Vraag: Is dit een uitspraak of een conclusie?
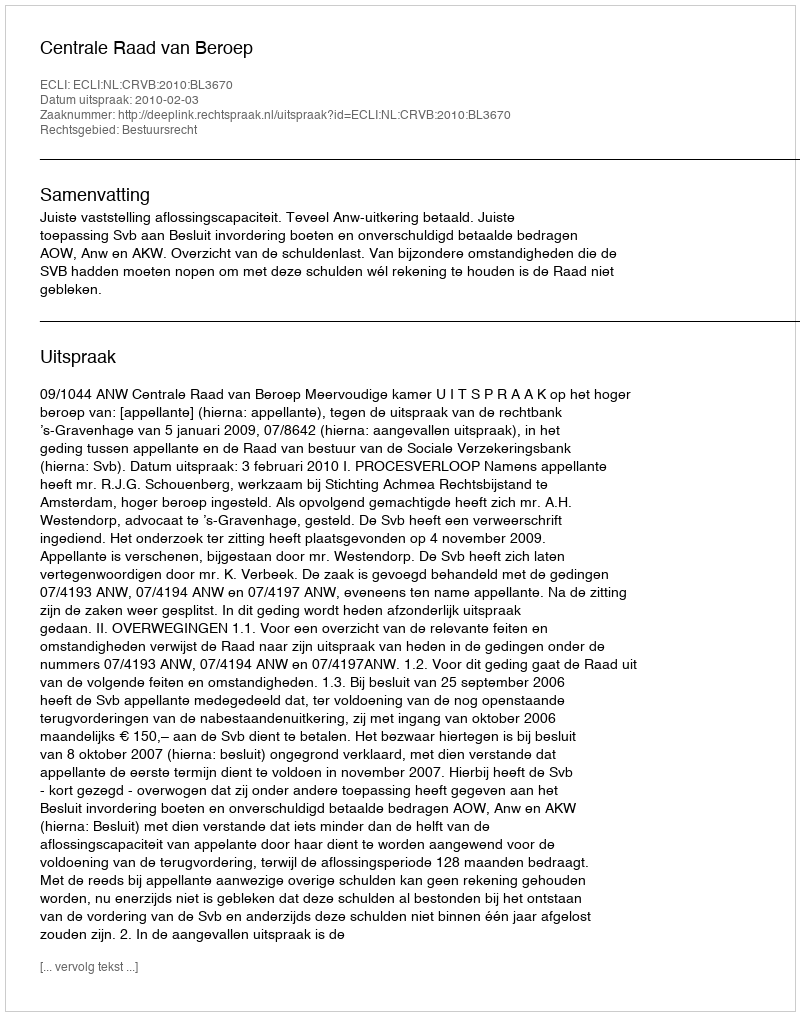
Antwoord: Uitspraak